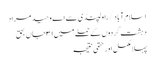
اسلام آباد/ راولپنڈی سے اے وحید مراد
دہشت گردوں کے حملے میں ۳۱ جاں بحق
پہلا مکمل اور حتمی نتیجہ